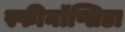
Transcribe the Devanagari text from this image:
स्फीनॉप्सिडा